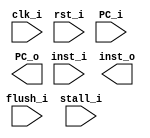
module IF_ID (
    clk_i, rst_i, flush_i, stall_i, 
    inst_i, PC_i,
    inst_o, PC_o
);
input         clk_i, rst_i, flush_i, stall_i;
input  [31:0] inst_i, PC_i;
output reg [31:0] inst_o, PC_o;

// TODO 

endmodule